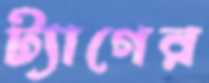
ট্যাগের